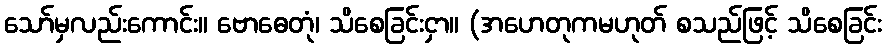
သော်မှလည်းကောင်း။ ဗောဓေတုံ၊ သိစေခြင်းငှာ။ (အဟေတုကမဟုတ် စသည်ဖြင့် သိစေခြင်း